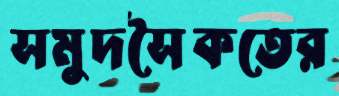
সমুদসৈকতের